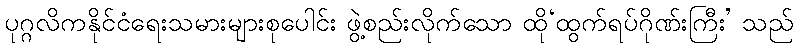
ပုဂ္ဂလိကနိုင်ငံရေးသမားများစုပေါင်း ဖွဲ့စည်းလိုက်သော ထို‘ထွက်ရပ်ဂိုဏ်းကြီး’ သည်